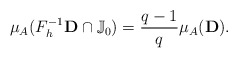
\begin{align*}\mu_A (F_{h}^{-1}{\bf D} \cap \mathbb J_{0}) = \frac{q-1}{q}\mu_A({\bf D}).\end{align*}